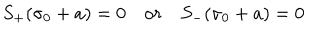
S _ { + } ( \sigma _ { 0 } + a ) = 0 \quad { \mathrm { o } r } \quad S _ { - } ( \sigma _ { 0 } + a ) = 0